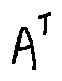
A ^ { T }